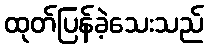
ထုတ်ပြန်ခဲ့သေးသည်